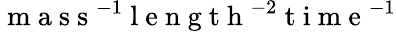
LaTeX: \mathrm{~m~a~s~s~}^{-1}\mathrm{~l~e~n~g~t~h~}^{-2}\mathrm{~t~i~m~e~}^{-1}